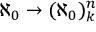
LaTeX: \aleph _ { 0 } \rightarrow ( \aleph _ { 0 } ) _ { k } ^ { n }